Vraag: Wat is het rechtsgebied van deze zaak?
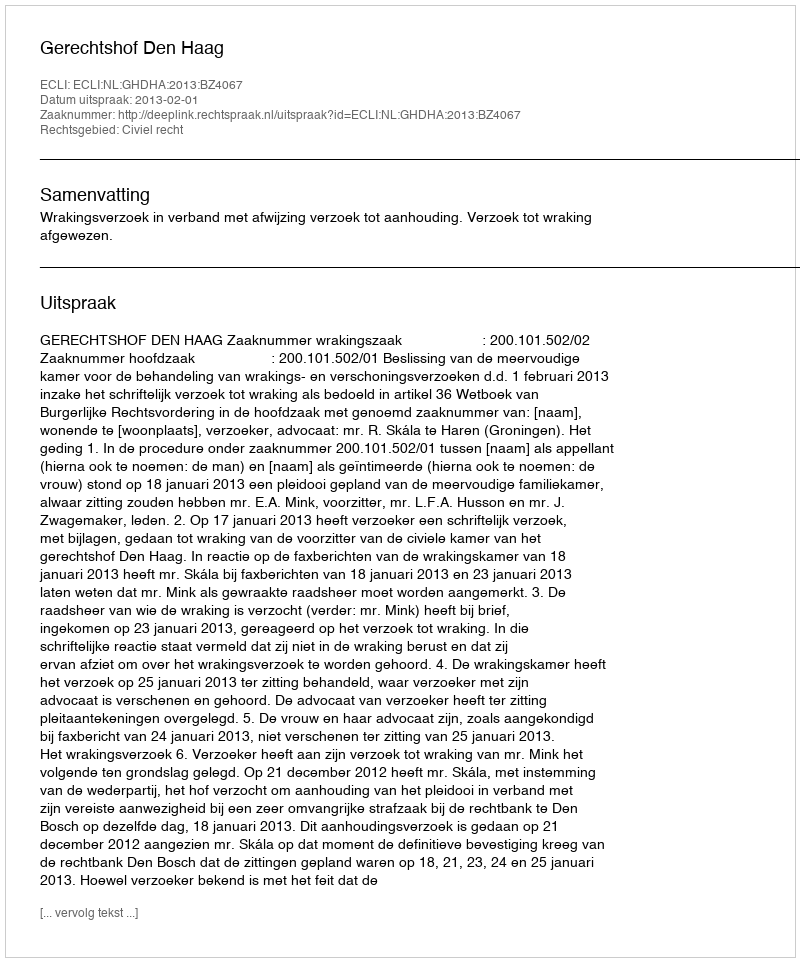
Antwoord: Civiel recht